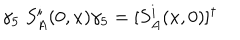
LaTeX: \gamma _ { 5 } \; S _ { A } ^ { i } ( 0 , x ) \gamma _ { 5 } = [ S _ { A } ^ { i } ( x , 0 ) ] ^ { \dagger }